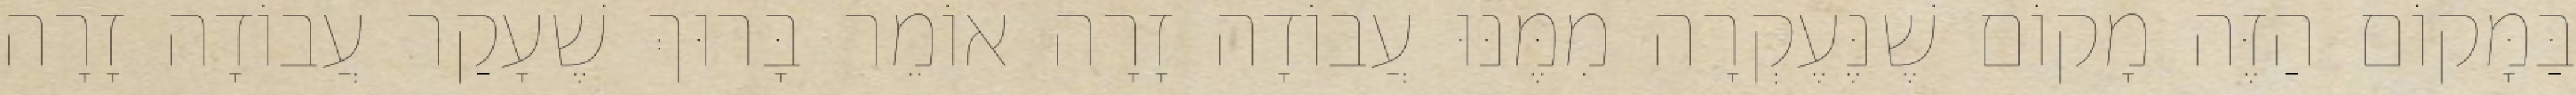
בַּמָּקוֹם הַזֶּה מָקוֹם שֶׁנֶּעֶקְרָה מִמֶּנּוּ עֲבוֹדָה זָרָה אוֹמֵר בָּרוּךְ שֶׁעָקַר עֲבוֹדָה זָרָה